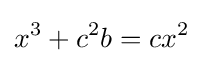
x^{3}+c^{2}b=cx^{2}